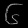
Digit: ၆